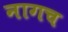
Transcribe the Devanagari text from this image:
नागच